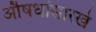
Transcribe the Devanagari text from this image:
औषधांसारखे